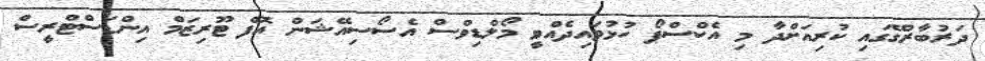
ދަރުބާރުގޭގައި ކުރިއަށްދާ މި އެކްސްޕޯ ހުޅުވައިދެއްވީ މޯލްޑިވްސް އެސޯސިއޭޝަން އޮފް ޓޫރިޒަމް އިންޑަސްޓްރީސް